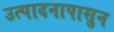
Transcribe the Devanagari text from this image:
उत्पादनापासुन